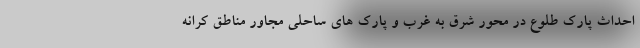
احداث پارک طلوع در محور شرق به غرب و پارک های ساحلی مجاور مناطق کرانه